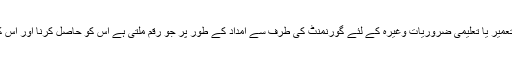
۶- مکان یا بیت الخلاء کی تعمیر یا تعلیمی ضروریات وغیرہ کے لئے گورنمنٹ کی طرف سے امداد کے طور پر جو رقم ملتی ہے اس کو حاصل کرنا اور اس کا استعمال کرنا درست ہے۔